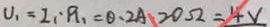
U _ { 1 } = I _ { 1 } \cdot R _ { 1 } = 0 . 2 A 2 0 \Omega = 4 V